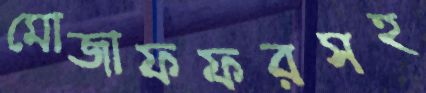
মোজাফফরসহ